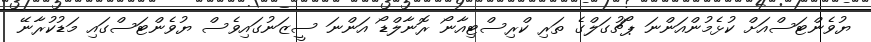
ޔުވެންޓަސްއަށް ކުޅެމުންއަންނަ ޕޯޗުގަލްގެ ތަރި ކްރިސްޓިއާނޯ ރޮނާލްޑޯ އަންނަ ސީޒަނުގައިވެސް ޔުވެންޓަސްގައި މަޑުކުރާނޭ